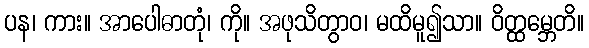
ပန၊ ကား။ အာပေါဓာတုံ၊ ကို။ အဖုသိတွာဝ၊ မထိမူ၍သာ။ ဝိတ္ထမ္ဘေတိ။